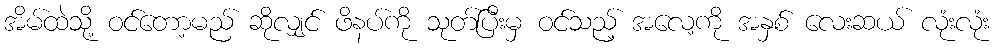
အိမ်ထဲသို့ ဝင်တော့မည် ဆိုလျှင် ဖိနပ်ကို သုတ်ပြီးမှ ဝင်သည့် အလေ့ကို အနှစ် လေးဆယ် လုံးလုံး